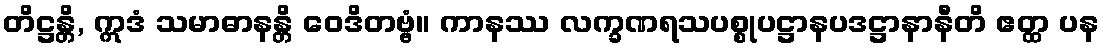
တိဋ္ဌန္တိ, ဣဒံ သမာဓာနန္တိ ဝေဒိတဗ္ဗံ။ ကာနဿ လက္ခဏရသပစ္စုပဋ္ဌာနပဒဋ္ဌာနာနီတိ ဧတ္ထ ပန